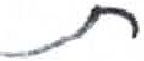
אות: ת